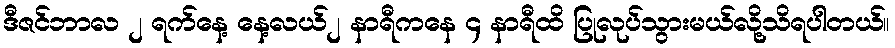
ဒီဇင်ဘာလ ၂ ရက်နေ့ နေ့လယ်၂ နာရီကနေ ၄ နာရီထိ ပြုလုပ်သွားမယ်လို့သိရပါတယ်။